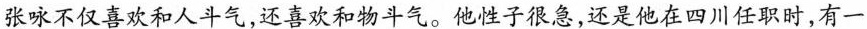
张咏不仅喜欢和人斗气，还喜欢和物斗气。他性子很急，还是他在四川任职时，有一